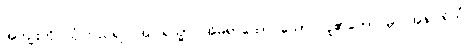
အကျိုးကို ယုံကြည်၍။ အဂါရသ္မာ၊ အိမ်ရာထောင်သော လူ၏ဘောင်မှ။ အနဂါရိယံ၊